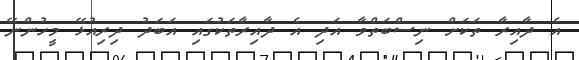
އެ ދާއިރާ ތަކަށް ނިސްބަތްވާ އަދި އެ ދާއިރާތަކުގައި އަބަދު ދިރިއުޅޭ މީހުންނޭ